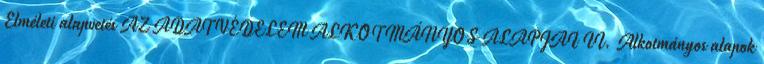
Elméleti alapvetés AZ ADATVÉDELEM ALKOTMÁNYOS ALAPJAI II. Alkotmányos alapok